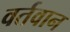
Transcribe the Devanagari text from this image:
वर्तवान